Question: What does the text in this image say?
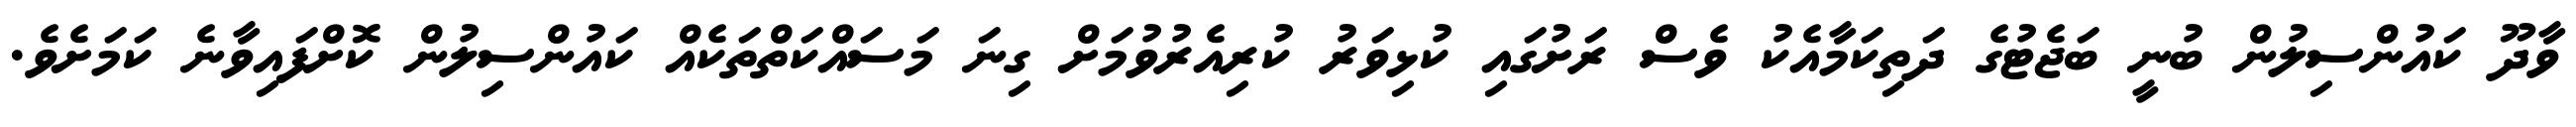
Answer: ވާދޫ ކައުންސިލުން ބުނީ ބަޖެޓުގެ ދަތިކަމާއެކު ވެސް ރަށުގައި ކުޅިވަރު ކުރިއެރުވުމަށް ގިނަ މަސައްކަތްތަކެއް ކައުންސިލުން ކޮށްފައިވާނެ ކަމަށެވެ.